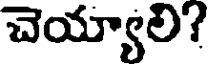
చెయ్యాలి?